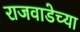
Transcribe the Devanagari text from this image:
राजवाडेच्या